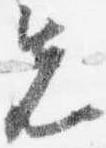
先